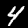
Digit: 4